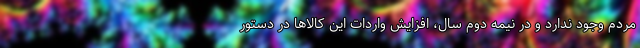
مردم وجود ندارد و در نیمه دوم سال، افزایش واردات این کالاها در دستور